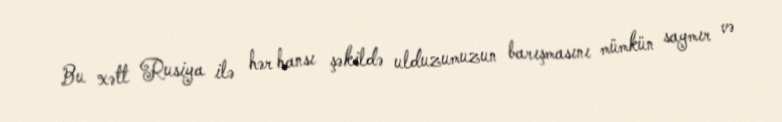
Bu xətt Rusiya ilə hər hansı şəkildə ulduzumuzun barışmasını mümkün saymır və